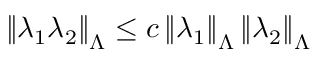
\left\| \lambda _ { 1 } \lambda _ { 2 } \right\| _ { \Lambda } \leq c \left\| \lambda _ { 1 } \right\| _ { \Lambda } \left\| \lambda _ { 2 } \right\| _ { \Lambda }